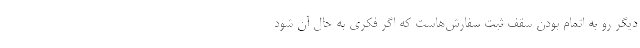
دیگر رو به اتمام بودن سقف ثبت سفارش‌هاست که اگر فکری به حال آن شود